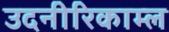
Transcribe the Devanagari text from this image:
उदनीरिकाम्ल